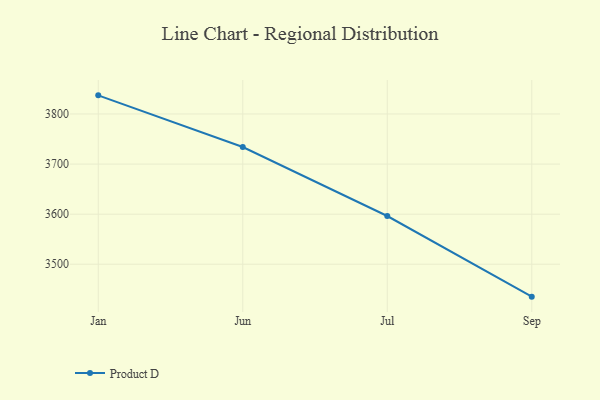
{"axis": {"x": "Month", "y": "Market Share (%)"}, "legend": ["Product D"], "data": [{"x": "Jan", "y": 3837.2, "type": "Product D"}, {"x": "Jun", "y": 3734.1, "type": "Product D"}, {"x": "Jul", "y": 3596.3, "type": "Product D"}, {"x": "Sep", "y": 3435.3, "type": "Product D"}]}